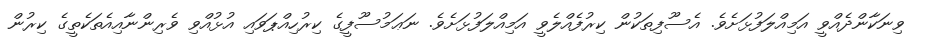
ވިނަކާންދެއްވީ އަމިއްލަފުޅަށެވެ. އެސޫފިތަކުން ކިރުފެއްލެވީ އަމިއްލަފުޅަށެވެ. ނަޢަމުސޫފީގެ ކިރުހިއްޕަވައި އުޅުއްވި ވެރިންނާއިއެތަކެތީގެ ކިރުން